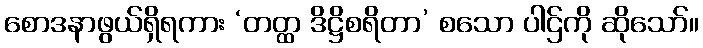
စောဒနာဖွယ်ရှိရကား ‘တတ္ထ ဒိဋ္ဌိစရိတာ’ စသော ပါဌ်ကို ဆိုသော်။